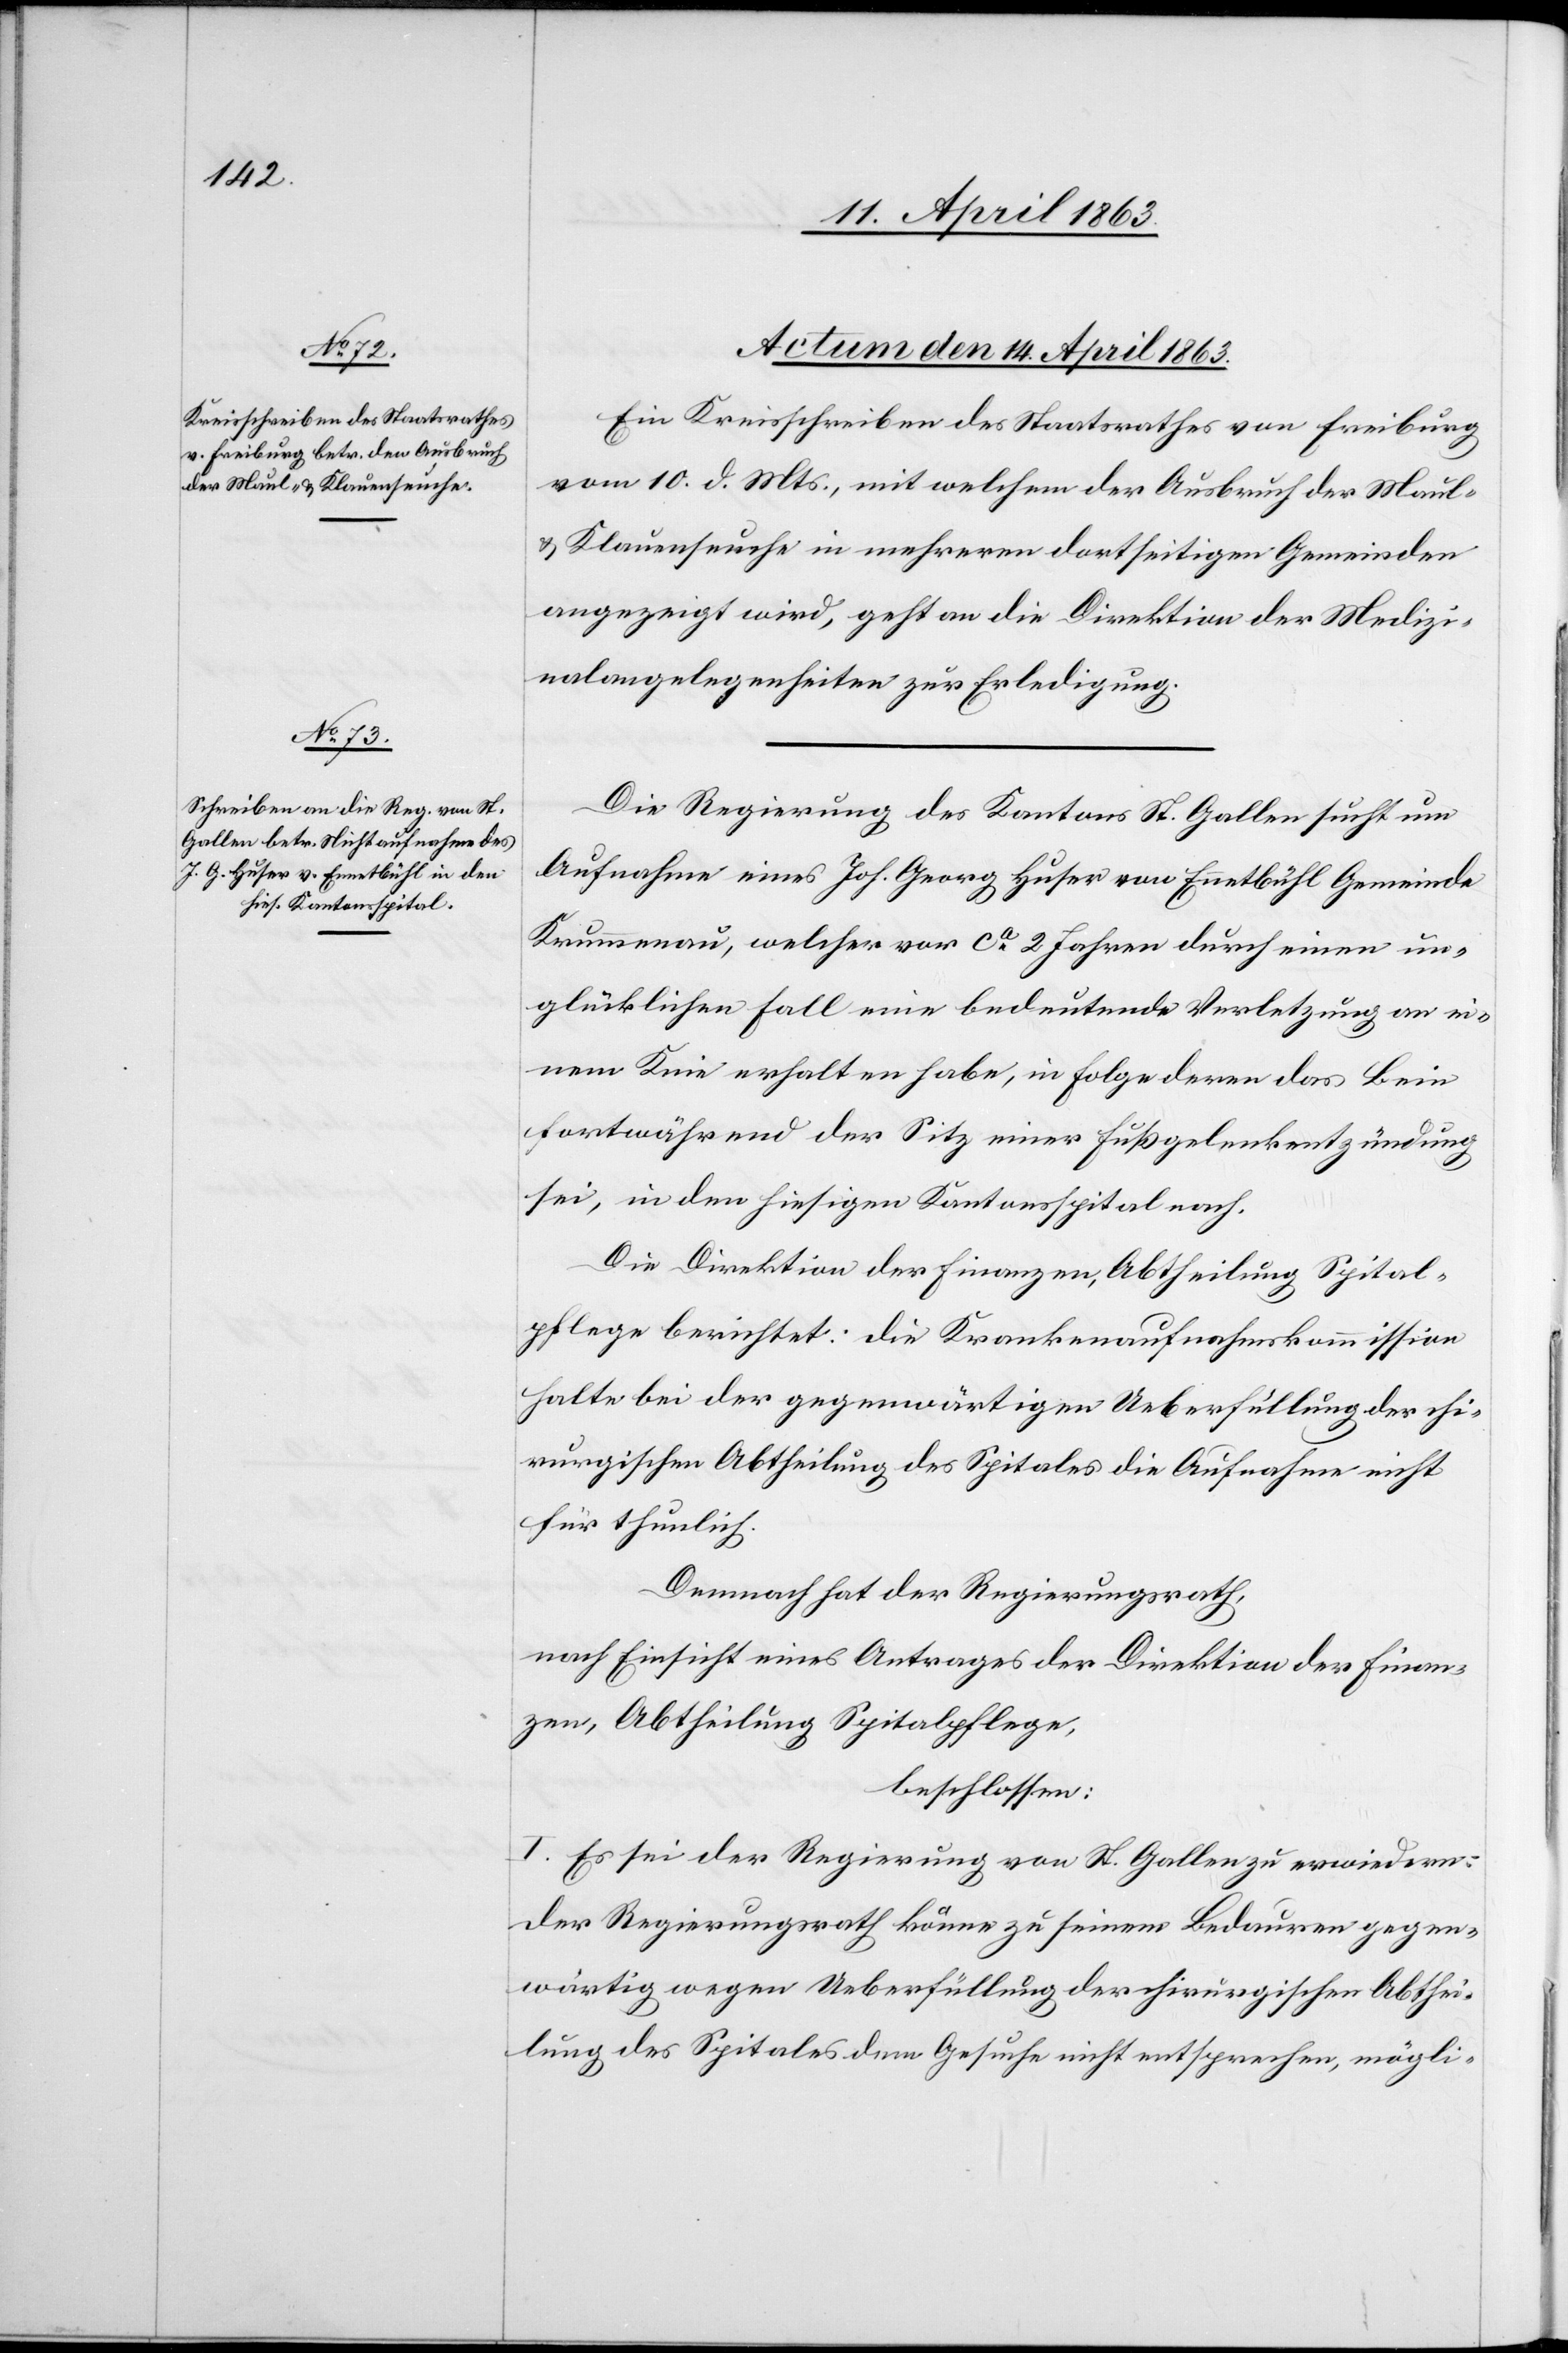
Actum den 14. April 1863.]
Ein Kreisschreiben des Staatsrathes von Freiburg
vom 10. d. Mts., mit welchem der Ausbruch der Maul-
& Klauenseuche in mehreren dortseitigen Gemeinden
angezeigt wird, geht an die Direktion der Medizi¬
nalangelegenheiten zur Erledigung.
Die Regierung des Kantons St. Gallen sucht um
Aufnahme eines Joh. Georg Huser von Ennetbühl Gemeinde
Krummenau, welcher vor ca 2 Jahren durch einen un¬
glücklichen Fall eine bedeutende Verletzung an ei¬
nem Knie erhalten habe, in Folge deren das Bein
fortwährend der Sitz einer Fußgelenkentzündung
sei, in den hiesigen Kantonsspital nach.
Die Direktion der Finanzen, Abtheilung Spital¬
pflege berichtet: die Krankenaufnahmskommission
halte bei der gegenwärtigen Ueberfüllung der chi¬
rurgischen Abtheilung des Spitales die Aufnahme nicht
für thunlich.
Demnach hat der Regierungsrath,
nach Einsicht eines Antrages der Direktion der Finan¬
zen, Abtheilung Spitalpflege
beschlossen:
I. Es sei der Regierung von St. Gallen zu erwiedern:
Der Regierungsrath könne zu seinem Bedauern gegen¬
wärtig wegen Ueberfüllung der chirurgischen Abthei¬
lung des Spitales dem Gesuche nicht entsprechen, mögli-